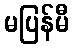
မပြန်မီ